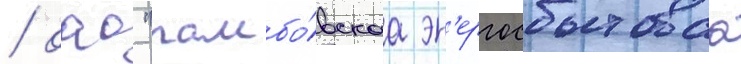
/ оао "тамбо́вскаа эн'ергосбытоваа